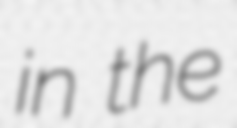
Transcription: in the